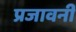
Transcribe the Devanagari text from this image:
प्रजावनी